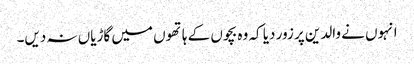
انہوں نے والدین پر زور دیا کہ وہ بچوں کے ہاتھوں میں گاڑیاں نہ دیں۔